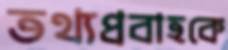
তথ্যপ্রবাহকে